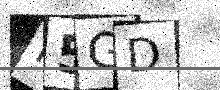
Text: F5GD